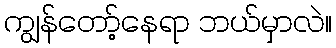
ကျွန်တော့်နေရာ ဘယ်မှာလဲ။